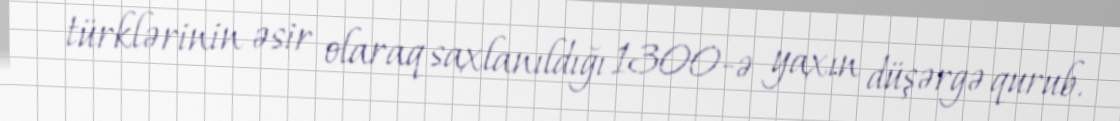
türklərinin əsir olaraq saxlanıldığı 1300-ə yaxın düşərgə qurub.